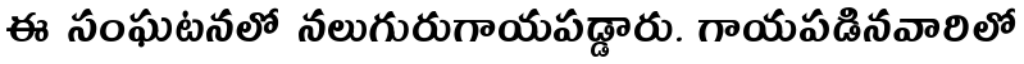
ఈ సంఘటనలో నలుగురుగాయపడ్డారు. గాయపడినవారిలో